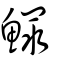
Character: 鰥